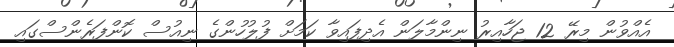
އެއްވުން މިރޭ 12 ޖަހާއިރު ނިންމާލަން އެދިފައިވާ ކަމަށް ފުލުހުންގެ ނިއުސް ކޮންފަރެންސްގައި